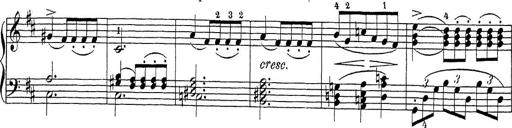
Title: Sonatina Album
Composer: Louis KÃ¶hler